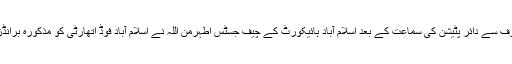
دوسری طرف بوتل واٹر کمپنیوں کی طرف سے دائر پٹیشن کی سماعت کے بعد اسلام آباد ہائیکورٹ کے چیف جسٹس اطہرمن اللہ نے اسلام آباد فوڈ اتھارٹی کو مذکورہ برانڈز کیخلاف کارروائی کو قانونی قراردیدیا۔